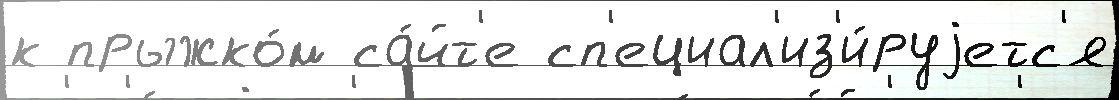
к прыжко́м са́йт'е сп'ециал'из'и́руjетс'я